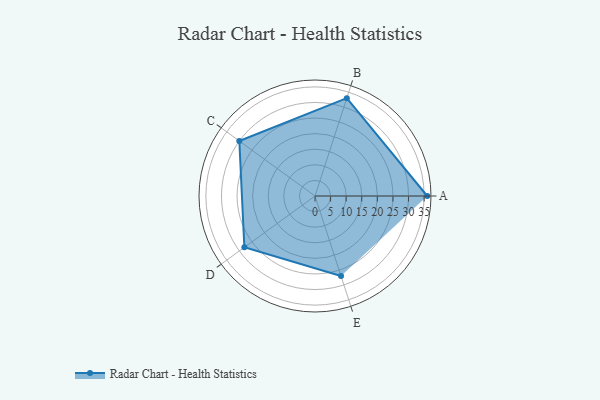
{"axis": {"x": "Skill", "y": "Score"}, "legend": ["Profile"], "data": [{"x": "A", "y": 36.0, "type": "Profile"}, {"x": "B", "y": 33.0, "type": "Profile"}, {"x": "C", "y": 30.0, "type": "Profile"}, {"x": "D", "y": 28.0, "type": "Profile"}, {"x": "E", "y": 27.0, "type": "Profile"}]}